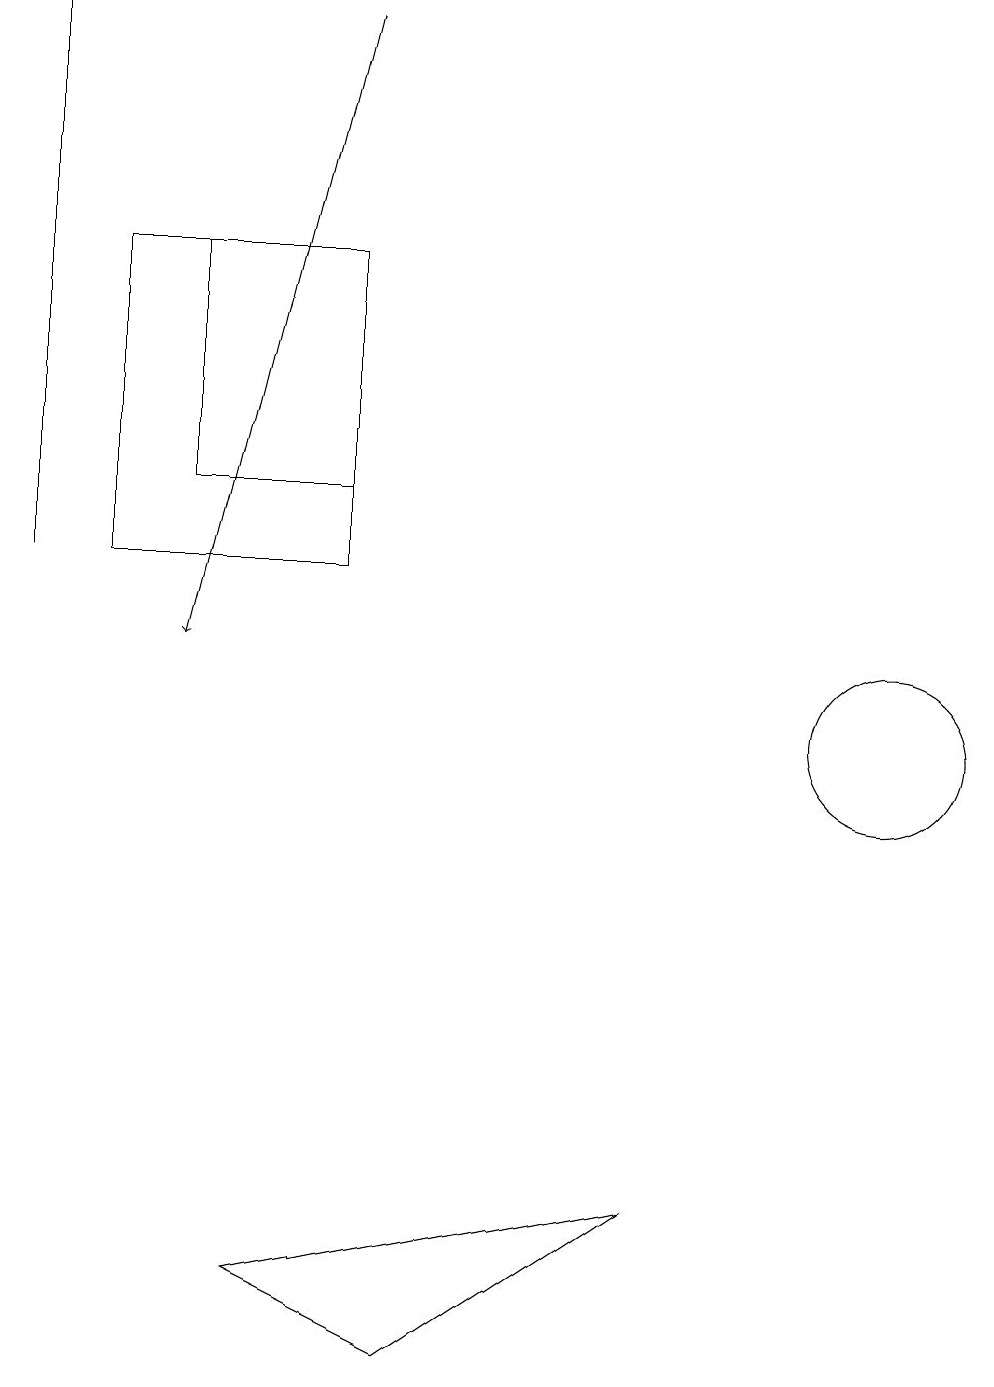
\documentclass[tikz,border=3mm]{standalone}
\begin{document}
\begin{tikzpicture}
\draw (0,19) rectangle (0,12);
\draw (1,12) rectangle (4,16);
\draw (4,16) rectangle (2,13);
\draw (11,10) circle (1);
\draw (3,3) -- (5,2) -- (8,4) -- cycle;
\draw[->] (4,19) -- (2,11);
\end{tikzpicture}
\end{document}